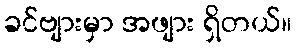
ခင်ဗျားမှာ အဖျား ရှိတယ်။